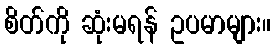
စိတ်ကို ဆုံးမရန် ဥပမာများ။